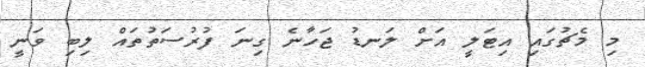
މި މެޗުގައި އިޓަލީ އަށް ލަނޑު ޖަހާނެ ގިނަ ފުރުސަތުތައް ލިބި ވަނީ